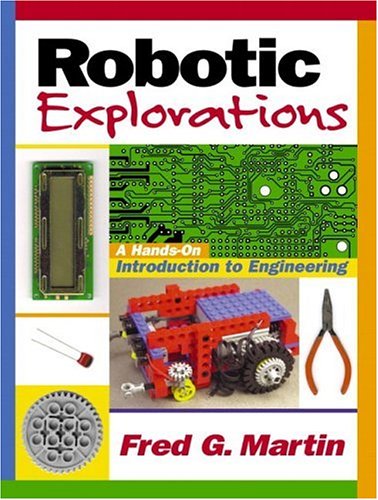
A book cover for Robotic Explorations: A Hands-On Introduction to Engineering; Fred G. Martin; Engineering & Transportation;